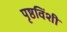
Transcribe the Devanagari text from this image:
पृष्ठविंशी